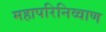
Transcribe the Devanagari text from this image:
महापरिनिव्वाण